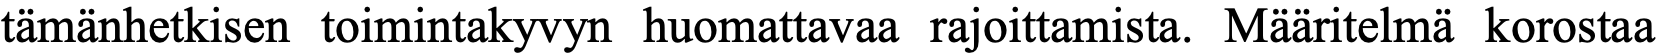
tämänhetkisen toimintakyvyn huomattavaa rajoittamista. Määritelmä korostaa